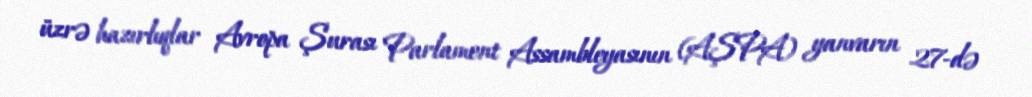
üzrə hazırlıqlar Avropa Şurası Parlament Assambleyasının (AŞPA) yanvarın 27-də